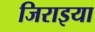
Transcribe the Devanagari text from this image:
जिराइया